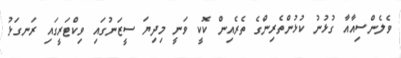
ވެލެންސިއާއާ ގުޅުނު ކުޅުންތެރިންގެ ތެރެއިން ކޮކީ ވަނީ މިދިޔަ ސީޒަނުގައި ވިކްޓަރީގައި ރަނގަޅު